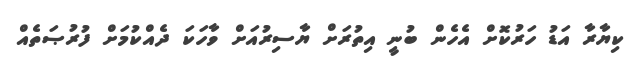
ކިޔާރާ އަޑު ހަރުކޮށް އެހެން ބުނީ އިތުރަށް ޔާސިރުއަށް ވާހަކަ ދެއްކުމަށް ފުރުޞަތެއް